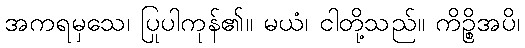
အကရမှသေ၊ ပြုပါကုန်၏။ မယံ၊ ငါတို့သည်။ ကိဉ္စိအပိ၊